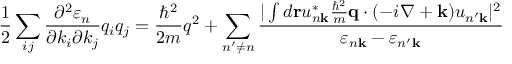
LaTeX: { \frac { 1 } { 2 } } \sum _ { i j } { \frac { \partial ^ { 2 } \varepsilon _ { n } } { \partial k _ { i } \partial k _ { j } } } q _ { i } q _ { j } = { \frac { \hbar ^ { 2 } } { 2 m } } q ^ { 2 } + \sum _ { n ^ { \prime } \neq n } { \frac { | \int d \mathbf { r } u _ { n \mathbf { k } } ^ { * } { \frac { \hbar ^ { 2 } } { m } } \mathbf { q } \cdot ( - i \nabla + \mathbf { k } ) u _ { n ^ { \prime } \mathbf { k } } | ^ { 2 } } { \varepsilon _ { n \mathbf { k } } - \varepsilon _ { n ^ { \prime } \mathbf { k } } } }